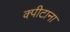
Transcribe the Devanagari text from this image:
क्पीटाना